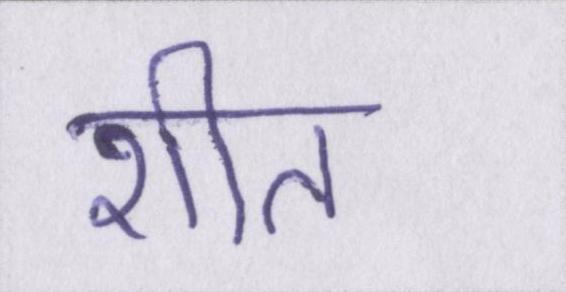
शीत